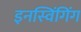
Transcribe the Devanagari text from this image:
इनस्विंगिंग